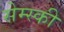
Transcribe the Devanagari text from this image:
सेम्स्की